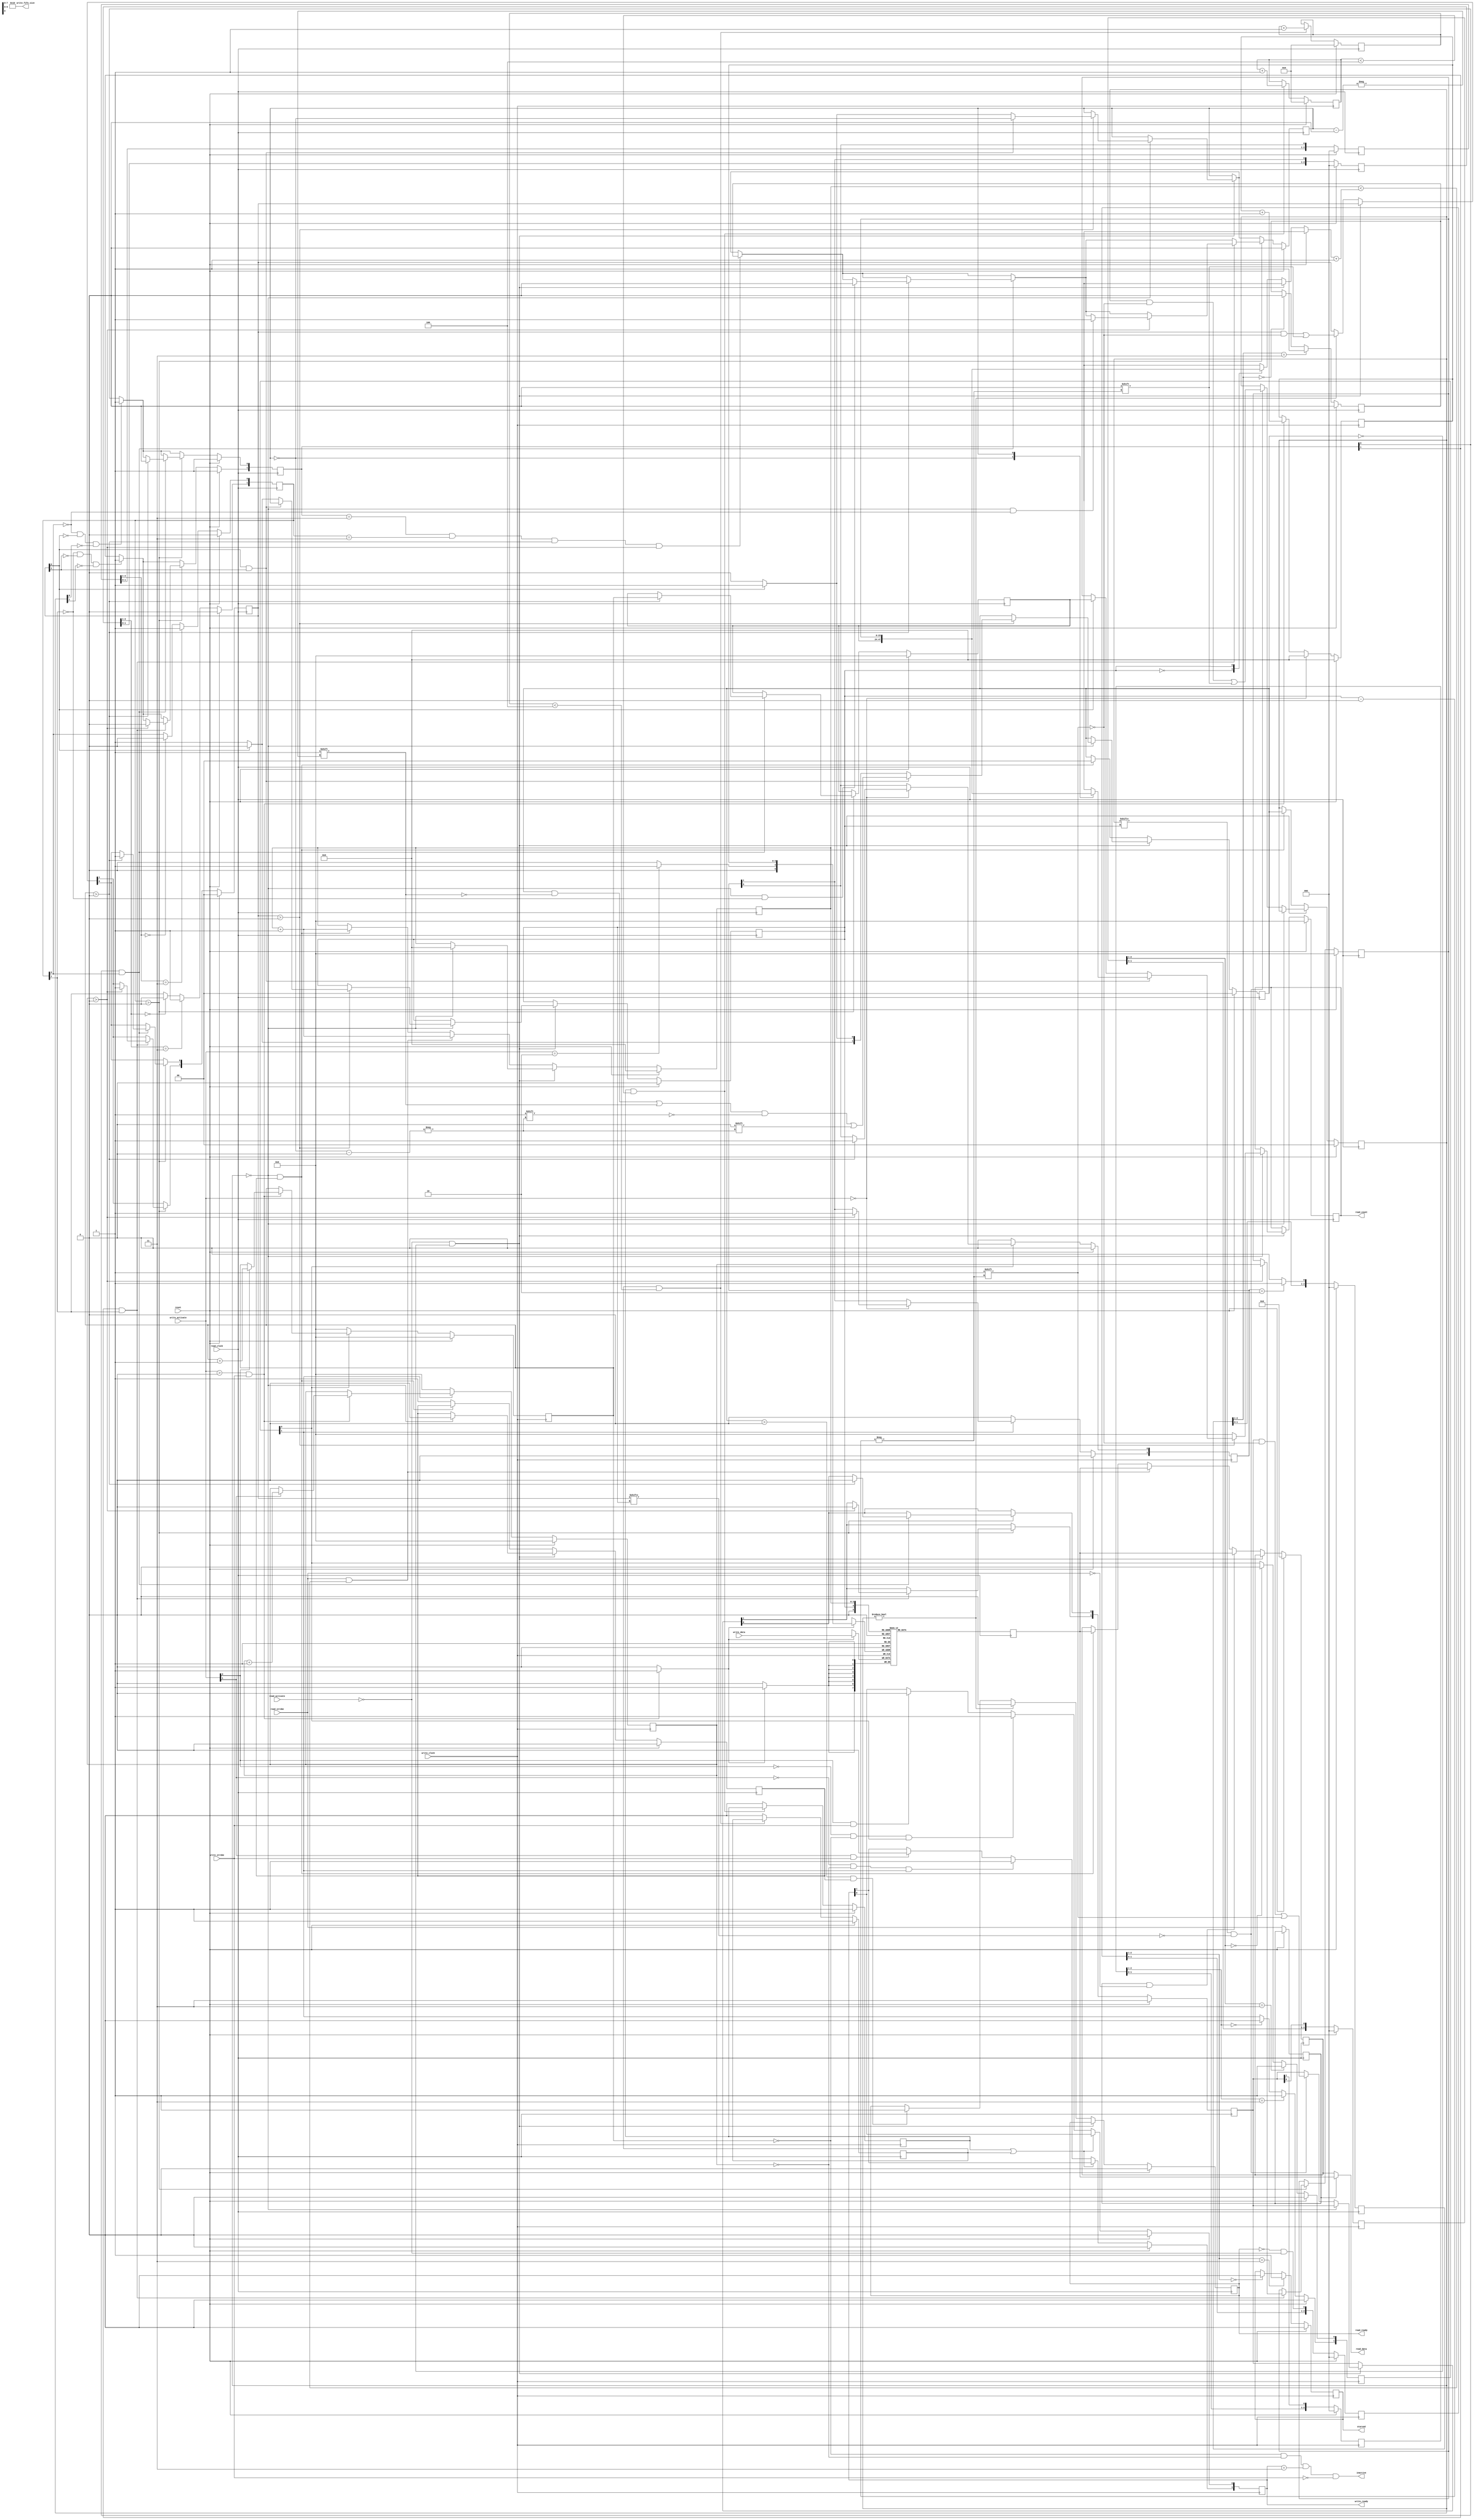
/*
Distributed under the MIT licesnse.
Copyright (c) 2011 Dave McCoy (dave.mccoy@cospandesign.com)

Permission is hereby granted, free of charge, to any person obtaining a copy of
this software and associated documentation files (the "Software"), to deal in
the Software without restriction, including without limitation the rights to
use, copy, modify, merge, publish, distribute, sublicense, and/or sell copies
of the Software, and to permit persons to whom the Software is furnished to do
so, subject to the following conditions:

The above copyright notice and this permission notice shall be included in all
copies or substantial portions of the Software.

THE SOFTWARE IS PROVIDED "AS IS", WITHOUT WARRANTY OF ANY KIND, EXPRESS OR
IMPLIED, INCLUDING BUT NOT LIMITED TO THE WARRANTIES OF MERCHANTABILITY,
FITNESS FOR A PARTICULAR PURPOSE AND NONINFRINGEMENT. IN NO EVENT SHALL THE
AUTHORS OR COPYRIGHT HOLDERS BE LIABLE FOR ANY CLAIM, DAMAGES OR OTHER
LIABILITY, WHETHER IN AN ACTION OF CONTRACT, TORT OR OTHERWISE, ARISING FROM,
OUT OF OR IN CONNECTION WITH THE SOFTWARE OR THE USE OR OTHER DEALINGS IN THE
SOFTWARE.
*/

`timescale 1ns/1ps

//XXX: NOTE: All counts are 24bits long, this could be a parameter in the future


module ppfifo
#(parameter     DATA_WIDTH    = 8,
                ADDRESS_WIDTH = 4
)(

  //universal input
  input                             reset,

  //write side
  input                             write_clock,
  output reg  [1:0]                 write_ready,
  input       [1:0]                 write_activate,
  output      [23:0]                write_fifo_size,
  input                             write_strobe,
  input       [DATA_WIDTH - 1: 0]   write_data,
  output reg                        starved,

  //read side
  input                             read_clock,
  input                             read_strobe,
  output reg                        read_ready,
  input                             read_activate,
  output reg  [23:0]                read_count,
  output      [DATA_WIDTH - 1: 0]   read_data,

  output                            inactive

);

localparam FIFO_DEPTH = (1 << ADDRESS_WIDTH);

//Local Registers/Wires

//Write Side
wire                        ppfifo_ready;  // The write side only needs to
                                           // know were ready if we don't
                                           // write anything read won't start
wire  [ADDRESS_WIDTH: 0]    addr_in;       // Actual address to the BRAM
reg   [ADDRESS_WIDTH - 1: 0]write_address;
reg                         r_wselect;      // Select the FIFO to work with
reg                         write_enable;  // Enable a write to the BRAM

reg   [1:0]                 wcc_read_ready;// Tell read side a FIFO is ready
reg   [1:0]                 wcc_read_done;
                                            // write status of the read
                                            // available
reg                         wcc_tie_select; //because it's possible if the read
                                            //side is slower than the write
                                            //side it might be unknown which
                                            //side was selected first, so use
                                            //this signal to break ties

reg   [23:0]                w_count[1:0];   // save the write count for the read
                                            // side
reg                         w_empty[1:0];
reg                         w_reset;        //write side reset
reg   [4:0]                 w_reset_timeout;
wire                        ready;

//Read Side
wire  [ADDRESS_WIDTH: 0]    addr_out;     //Actual address to the BRAM
reg                         r_reset;
reg   [4:0]                 r_reset_timeout;

reg   [ADDRESS_WIDTH - 1: 0]r_address;    //Address to access a bank
reg                         r_rselect;     //Select a bank (Select a FIFO)

reg   [1:0]                 rcc_read_ready;
                                          // Write side says X is ready
reg   [1:0]                 rcc_read_done;// Tell write side X is ready
reg                         rcc_tie_select;
                                          //If there is a tie, then this will
                                          //break it

reg   [23:0]                r_size[1:0];  // Size of FX read

reg   [1:0]                 r_ready;      //FIFO is ready
reg   [1:0]                 r_wait;       //Waiting for write side to send data
reg   [1:0]                 r_activate;   //Controls which FIFO is activated

reg                         r_next_fifo;  //If both FIFOs are availalbe use this

reg   [1:0]                 r_pre_activate; //Used to delay the clock cycle by
                                            //one when the user activates the
                                            //FIFO

reg                         r_pre_strobe;
reg                         r_pre_read_wait;//Wait an extra cycle so the registered data has a chance to set
                                            //the data to be registered
reg   [DATA_WIDTH - 1: 0]   r_br_read_data; //data from the read FIFO
reg   [DATA_WIDTH - 1: 0]   r_read_data;    //data from the read FIFO

assign  write_fifo_size     = FIFO_DEPTH;

assign  addr_in             = {r_wselect, write_address};
//assign  write_enable        = (write_activate > 0) && write_strobe;
assign  ppfifo_ready        = !(w_reset || r_reset);
assign  ready               = ppfifo_ready;


assign  addr_out            = {r_rselect, r_address};
assign  inactive            = (w_count[0] == 0) &&
                              (w_count[1] == 0) &&
                              (write_ready == 2'b11) &&
                              (!write_strobe);


assign  read_data           = (r_pre_strobe) ? r_br_read_data : r_read_data;


/*
//Submodules
blk_mem #(
  .DATA_WIDTH(DATA_WIDTH),
  .ADDRESS_WIDTH(ADDRESS_WIDTH + 1)
) fifo0 (
  //Write
  .clka     (write_clock        ),
  .wea      (write_enable       ), //This may just be replaced with write activate
  .dina     (write_data         ),
  .addra    (addr_in            ),

  .clkb     (read_clock         ),
  .doutb    (r_br_read_data        ),
  .addrb    (addr_out           )
);
*/
//BLOCK MEM INNARDS
reg [DATA_WIDTH - 1:0] mem [0:2 ** (ADDRESS_WIDTH + 1)];
always @ (posedge write_clock)
begin
  if ( write_enable ) begin
     mem[addr_in]   <= write_data;
  end
end

//read only on the b side
always @ (posedge read_clock)
begin
     r_br_read_data    <= mem[addr_out];
end

//BLOCK MEM INNARDS DONE

/*
//W - R FIFO 0
cross_clock_enable ccwf0 (
  .rst      (reset              ),
  .in_en    (wcc_read_ready[0]  ),

  .out_clk  (read_clock         ),
  .out_en   (rcc_read_ready[0]  )
);
//W - R FIFO 1
cross_clock_enable ccwf1 (
  .rst      (reset              ),
  .in_en    (wcc_read_ready[1]  ),

  .out_clk  (read_clock         ),
  .out_en   (rcc_read_ready[1]  )

);

//W - R Tie Select
cross_clock_enable ccts (
  .rst      (reset              ),
  .in_en    (wcc_tie_select     ),

  .out_clk  (read_clock         ),
  .out_en   (rcc_tie_select     )
);
*/

//Cross Clock (Write -> Read)

reg         [2:0] ccfw0;  //W - R FIFO0 Read FIFO Ready
reg         [2:0] ccfw1;  //W - R FIFO1 Read FIFO Ready
reg         [2:0] ccts;   //W - R Tie Select

always @ (posedge read_clock) begin
  if (reset) begin
    ccfw0             <=  3'b000;
    ccfw1             <=  3'b000;
    ccts              <=  3'b000;
    rcc_read_ready[0] <=  0;
    rcc_read_ready[1] <=  0;
    rcc_tie_select    <=  0;
   end
  else begin
    if (ccfw0[2:1] == 2'b11) begin
      rcc_read_ready[0] <=  1;
    end
    else if (ccfw0[2:1] == 2'b00) begin
      rcc_read_ready[0] <=  0;
    end

    if (ccfw1[2:1] == 2'b11) begin
      rcc_read_ready[1] <=  1;
    end
    else if (ccfw1[2:1] == 2'b00) begin
      rcc_read_ready[1] <=  0;
    end

    if (ccts[2:1] == 2'b11) begin
      rcc_tie_select    <=  1;
    end
    else if (ccts[2:1] == 2'b00) begin
      rcc_tie_select    <=  0;
    end

    //Clock in everything on the local clock
    ccfw0     <=  {ccfw0[1:0], wcc_read_ready[0]};
    ccfw1     <=  {ccfw1[1:0], wcc_read_ready[1]};
    ccts      <=  {ccts[1:0],  wcc_tie_select};
  end
end

/*

//R - W FIFO 0
cross_clock_enable ccrf0 (
  .rst      (reset              ),
  .in_en    (rcc_read_done[0]   ),

  .out_clk  (read_clock         ),
  .out_en   (wcc_read_done[0]   )
);
//R - W FIFO 1
cross_clock_enable ccrf1 (
  .rst      (reset              ),
  .in_en    (rcc_read_done[1]   ),

  .out_clk  (read_clock         ),
  .out_en   (wcc_read_done[1]   )
);

//R - W Reset
cross_clock_enable cc_starved(
  .rst      (reset                         ),
  .in_en    (!read_ready && !read_activate ),

  .out_clk  (write_clock                   ),
  .out_en   (starved                       )
);
*/

reg         [2:0] ccrf0;  //R - W FIFO0 Read Done
reg         [2:0] ccrf1;  //R - W FIFO2 Read Done
reg         [2:0] ccstv;  //R - W No data in the FIFO

always @ (posedge write_clock) begin
  if (reset) begin
    ccrf0             <=  3'b000;
    ccrf1             <=  3'b000;
    ccstv             <=  3'b000;

    wcc_read_done[0]  <=  0;
    wcc_read_done[1]  <=  0;
    starved           <=  0;
  end
  else begin

    if (ccrf0[2:1] == 2'b11) begin
      wcc_read_done[0]  <=  1;
    end
    else if (ccrf0[2:1] == 2'b00) begin
      wcc_read_done[0]  <=  0;
    end

    if (ccrf1[2:1] == 2'b11) begin
      wcc_read_done[1]  <=  1;
    end
    else if (ccrf1[2:1] == 2'b00) begin
      wcc_read_done[1]  <=  0;
    end

    if (ccstv[2:1] == 2'b11) begin
      starved           <=  1;
    end
    else if (ccstv[2:1] == 2'b00) begin
      starved           <=  0;
    end

    ccrf0     <=  {ccrf0[1:0], rcc_read_done[0]};
    ccrf1     <=  {ccrf1[1:0], rcc_read_done[1]};
    ccstv     <=  {ccstv[1:0], (!read_ready && !read_activate)};
  end
end


//asynchronous logic
always @ (*) begin
  case (wcc_read_ready)
    2'b00: begin
      wcc_tie_select  = 1'b0;
    end
    2'b01: begin
      wcc_tie_select  = 1'b0;
    end
    2'b10: begin
      wcc_tie_select  = 1'b1;
    end
    default: begin
      wcc_tie_select  = 1'b0;
    end
  endcase
end
always @ (*) begin
  case (write_activate)
    2'b00: begin
      r_wselect   = 1'b0;
    end
    2'b01: begin
      r_wselect   = 1'b0;
    end
    2'b10: begin
      r_wselect   = 1'b1;
    end
    default: begin
      r_wselect   = 1'b0;
    end
  endcase
end

always @ (*) begin
  if (write_activate > 0 && write_strobe) begin
    write_enable  = 1'b1;
  end
  else begin
    write_enable  = 1'b0;
  end
end
//synchronous logic

//Reset Logic
always @ (posedge write_clock) begin
  if (reset) begin
    w_reset         <=  1;
    w_reset_timeout <=  0;
  end
  else begin
    if (w_reset && (w_reset_timeout < 5'h4)) begin
      w_reset_timeout <=  w_reset_timeout + 5'h1;
    end
    else begin
      w_reset       <=  0;
    end
  end
end

always @ (posedge read_clock) begin
  if (reset) begin
    r_reset           <=  1;
    r_reset_timeout   <=  0;
  end
  else begin
    if (r_reset && (r_reset_timeout < 5'h4)) begin
      r_reset_timeout <= r_reset_timeout + 5'h1;
    end
    else begin
      r_reset         <=  0;
    end
  end
end

//---------------Write Side---------------
initial begin
  write_address     = 0;

  wcc_read_ready    = 2'b00;
  write_ready       = 2'b00;
  w_reset           = 1;
  w_reset_timeout   = 0;
  write_enable      = 0;
  r_wselect         = 0;
  wcc_tie_select    = 0;
end

always @ (posedge write_clock) begin
  if (reset) begin
    write_ready     <=  0;
  end
  else if (ready) begin
    //Logic for the Write Enable
    if (write_activate[0] && write_strobe) begin
      write_ready[0] <=  1'b0;
    end
    if (write_activate[1] && write_strobe) begin
      write_ready[1] <=  1'b0;
    end

    if (!write_activate[0] && (w_count[0] == 0) && wcc_read_done[0]) begin
      //FIFO 0 is not accessed by the read side, and user has not activated
      write_ready[0]  <=  1;
    end
    if (!write_activate[1] && (w_count[1] == 0) && wcc_read_done[1]) begin
      //FIFO 1 is not accessed by the read side, and user has not activated
      write_ready[1]  <=  1;
    end

    //When the user is finished reading the ready signal might go high
    //I SHOULD MAKE A CONDITION WHERE THE WRITE COUND MUST BE 0
  end
end

always @ (posedge write_clock) begin
  if (reset) begin  //Asynchronous Reset
    wcc_read_ready  <=  2'b00;
    write_address   <=  0;
    w_count[0]      <=  24'h0;
    w_count[1]      <=  24'h0;
  end
  else begin
    if (write_activate > 0 && write_strobe) begin
      write_address <=  write_address + 1;
      if (write_activate[0]) begin
        w_count[0]  <=  w_count[0] + 1;
      end
      if (write_activate[1]) begin
        w_count[1]  <=  w_count[1] + 1;
      end
    end
    if (write_activate == 0) begin
      write_address     <=  0;
      if (w_count[0] > 0) begin
        wcc_read_ready[0]  <=  1;
      end
      if (w_count[1] > 0) begin
        wcc_read_ready[1]  <=  1;
      end
    end
    //I can't reset the w_count until the read side has indicated that it
    //is done but that may be mistriggered when the write side finishes
    //a write. So how do

    //Only reset the write count when the done signal has been de-asserted

    //Deassert w_readX_ready when we see the read has de-asserted r_readX_done
    if (!wcc_read_done[0]) begin
      //Only reset write count when the read side has said it's busy so it
      //must be done reading
      w_count[0]        <=  0;
      wcc_read_ready[0] <=  0;
    end
    if (!wcc_read_done[1]) begin
      w_count[1]        <=  0;
      wcc_read_ready[1] <=  0;
    end
  end
end


//---------------Read Side---------------
initial begin
  r_rselect       = 0;
  r_address       = 0;

  rcc_read_done   = 2'b00;

  r_size[0]       = 24'h0;
  r_size[1]       = 24'h0;

  r_wait          = 2'b11;
  r_ready         = 2'b00;
  r_activate      = 2'b00;
  r_pre_activate  = 0;

  r_next_fifo     = 0;
  r_reset         = 1;
  r_reset_timeout = 0;
  read_ready      = 0;
  r_read_data     = 32'h0;
  r_pre_read_wait = 0;
end

always @ (posedge read_clock) begin
  if (reset) begin  //Asynchronous Reset
    r_rselect                       <=  0;
    r_address                       <=  0;
    rcc_read_done                   <=  2'b11;
    read_count                      <=  0;
    r_activate                      <=  2'b00;
    r_pre_activate                  <=  2'b00;
    r_pre_read_wait                 <=  0;

    r_size[0]                       <=  24'h0;
    r_size[1]                       <=  24'h0;

    //are these signals redundant?? can I just use the done?
    r_wait                          <=  2'b11;

    r_ready                         <=  2'b00;

    r_next_fifo                     <=  0;
    r_read_data                     <=  0;
    read_ready                      <=  0;

  end
  else begin
    r_pre_strobe                    <=  read_strobe;
    //Handle user enable and ready
    if (!read_activate && !r_pre_activate) begin
      //User has not activated the read side

      //Prepare the read side
      //Reset the address
      if (r_activate == 0) begin
        read_count                      <=  0;
        r_address                       <=  0;
        r_pre_read_wait                 <=  0;
        if (r_ready > 0) begin
          //This goes to one instead of activate
          //Output select
          //read_ready                  <=  1;

          if (r_ready[0] && r_ready[1]) begin
            //$display ("Tie");
            //Tie
            r_rselect                   <=  r_next_fifo;
            r_pre_activate[r_next_fifo] <=  1;
            r_pre_activate[~r_next_fifo]<=  0;
            r_next_fifo                 <=  ~r_next_fifo;
            read_count                  <=  r_size[r_next_fifo];
          end
          else begin
            //Only one side is ready
            if (r_ready[0]) begin
              //$display ("select 0");
              r_rselect                 <=  0;
              r_pre_activate[0]         <=  1;
              r_pre_activate[1]         <=  0;
              r_next_fifo               <=  1;
              read_count                <=  r_size[0];
            end
            else begin
              //$display ("select 1");
              r_rselect                 <=  1;
              r_pre_activate[0]         <=  0;
              r_pre_activate[1]         <=  1;
              r_next_fifo               <=  0;
              read_count                <=  r_size[1];
            end
          end
        end
      end
      //User has finished reading something
      else if (r_activate[r_rselect] && !r_ready[r_rselect]) begin
        r_activate[r_rselect]          <=  0;
        rcc_read_done[r_rselect]       <=  1;
      end
    end
    else begin
      if ((r_pre_activate > 0) && r_pre_read_wait) begin
        read_ready                      <=  1;
      end


      if (r_activate) begin
        read_ready                    <=  0;
        //User is requesting an accss
        //Handle read strobes
        //Only handle strobes when we are enabled
        r_ready[r_rselect]            <=  0;
      end

      //XXX: There should be a better way to handle these edge conditions
      if (!r_activate && r_pre_read_wait) begin
        r_read_data                     <=  r_br_read_data;
        r_address                       <=  r_address + 1;
        r_activate                      <=  r_pre_activate;
        r_pre_activate                  <=  0;
      end
      else if (!r_pre_read_wait) begin
        r_pre_read_wait                 <=  1;
      end

      if (read_strobe && (r_address < (r_size[r_rselect] + 1))) begin
        //Increment the address
        r_read_data                     <=  r_br_read_data;
        r_address                       <=  r_address + 1;
      end
      if (r_pre_strobe && !read_strobe) begin
        r_read_data                     <=  r_br_read_data;
      end
    end
    if (!rcc_read_ready[0] && !r_ready[0] && !r_activate[0]) begin
      r_wait[0]                       <=  1;
    end
    if (!rcc_read_ready[1] && !r_ready[1] && !r_activate[1]) begin
      r_wait[1]                       <=  1;
    end


    //Check if the write side has sent over some data
    if (rcc_read_ready > 0) begin
      if ((r_wait == 2'b11) && (rcc_read_ready == 2'b11) && (w_count[0] > 0) && (w_count[1] > 0)) begin
        //An ambiguous sitution that can arrise if the read side is much
        //slower than the write side, both sides can arrise seemingly at the
        //same time, so there needs to be a tie breaker
        //$display ("Combo breaker goes to: %h", rcc_tie_select);
        r_next_fifo         <= rcc_tie_select;
      end




      if (r_wait[0] && rcc_read_ready[0]) begin
        //$display ("write has send over data t othe 0 side");
        //Normally it would not be cool to transfer data over a clock domain
        //but the w_count[x] is stable before the write side sends over a write
        //strobe
        if (w_count[0] > 0) begin
          //Only enable when count > 0
          if ((r_activate == 0) && (!rcc_read_ready[1])) begin
              //$display ("select 0");
              r_next_fifo   <=  0;
          end
          r_size[0]         <=  w_count[0];
          r_ready[0]        <=  1;
          r_wait[0]         <=  0;
          rcc_read_done[0]  <=  0;
        end
      end

      if (r_wait[1] && rcc_read_ready[1]) begin
        //$display ("write has send over data t othe 1 side");
        //Write side has sent some data over
        if (w_count[1] > 0) begin
         if ((r_activate == 0) && (!rcc_read_ready[0])) begin
              //$display ("select 1");
              r_next_fifo   <=  1;
          end
          r_size[1]         <=  w_count[1];
          r_ready[1]        <=  1;
          r_wait[1]         <=  0;
          rcc_read_done[1]  <=  0;
        end
      end
    end
  end
end

endmodule